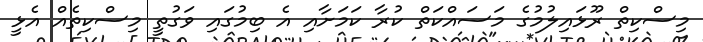
މިސްކިތް ރޫޅައިލުމުގެ މަސައްކަތް ކުރާ ކަމަށާއި އެ ބިމުގައި ވަގުތީ މިސްކިތެއް އެޅީ